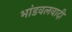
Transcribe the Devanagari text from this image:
भांडवलवादी